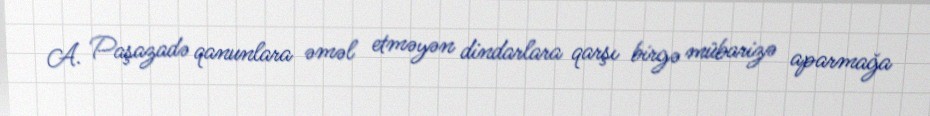
A. Paşazadə qanunlara əməl etməyən dindarlara qarşı birgə mübarizə aparmağa